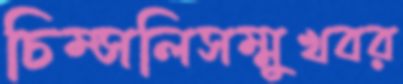
চিম্‌সলিসম্মুখবর